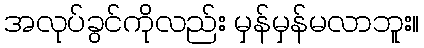
အလုပ်ခွင်ကိုလည်း မှန်မှန်မလာဘူး။